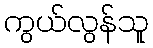
ကွယ်လွန်သူ